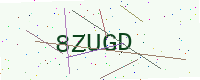
Text: 8ZUGD